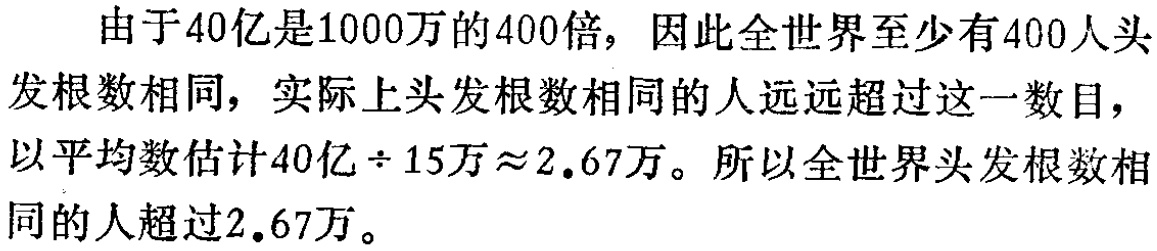
由于40亿是1000万的400倍，因此全世界至少有400人头发根数相同，实际上头发根数相同的人远远超过这一数目，以平均数估计\(40亿\div15万\approx2.67万\)。所以全世界头发根数相同的人超过\(2.67\)万。